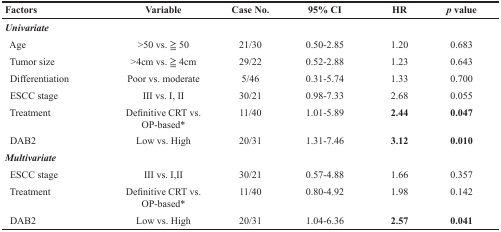
<table><thead><tr><td><b>Factors</b></td><td><b>Variable</b></td><td><b>Case No.</b></td><td><b>95% CI</b></td><td><b>HR</b></td><td><b><i>p</i> value</b></td></tr></thead><tbody><tr><td><b><i>Univariate</i></b></td><td></td><td></td><td></td><td></td><td></td></tr><tr><td> Age</td><td>&gt;50 vs. ≧ 50</td><td>21/30</td><td>0.50-2.85</td><td>1.20</td><td>0.683</td></tr><tr><td> Tumor size</td><td>&gt;4cm vs. ≧ 4cm</td><td>29/22</td><td>0.52-2.88</td><td>1.23</td><td>0.643</td></tr><tr><td> Differentiation</td><td>Poor vs. moderate</td><td>5/46</td><td>0.31-5.74</td><td>1.33</td><td>0.700</td></tr><tr><td> ESCC stage</td><td>III vs. I, II</td><td>30/21</td><td>0.98-7.33</td><td>2.68</td><td>0.055</td></tr><tr><td> Treatment</td><td>Definitive CRT vs. OP-based*</td><td>11/40</td><td>1.01-5.89</td><td><b>2.44</b></td><td><b>0.047</b></td></tr><tr><td> DAB2</td><td>Low vs. High</td><td>20/31</td><td>1.31-7.46</td><td><b>3.12</b></td><td><b>0.010</b></td></tr><tr><td><b><i>Multivariate</i></b></td><td></td><td></td><td></td><td></td><td></td></tr><tr><td> ESCC stage</td><td>III vs. I, II</td><td>30/21</td><td>0.57-4.88</td><td>1.66</td><td>0.357</td></tr><tr><td> Treatment</td><td>Definitive CRT vs. OP-based*</td><td>11/40</td><td>0.80-4.92</td><td>1.98</td><td>0.142</td></tr><tr><td> DAB2</td><td>Low vs. High</td><td>20/31</td><td>1.04-6.36</td><td><b>2.57</b></td><td><b>0.041</b></td></tr></tbody></table>